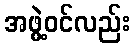
အဖွဲ့ဝင်လည်း